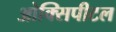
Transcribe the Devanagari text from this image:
ओक्सिपीटल